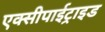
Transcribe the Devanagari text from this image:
एक्सीपाईट्राइड